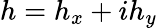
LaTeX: h=h_{x}+ih_{y}